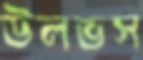
উলভস